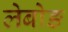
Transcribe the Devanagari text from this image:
लेबोङ